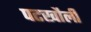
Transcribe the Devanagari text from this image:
पटखौली